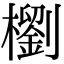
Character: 𣞗